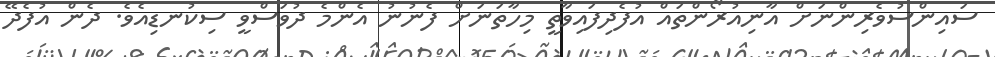
ސައިންސުވެރިންނަށް އާނިއުރޯންތައް އުފެދިފައިވާތީ މިހާތަނަށް ފެނުނު އެންމެ ދުވަސްވީ ސިކުނޑިއެވެ. ދެން އުފެދޭ